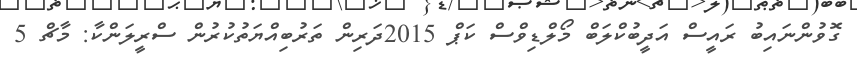
ގޮވުންނައިބު ރައީސް އަދީބުކްލަބް މޯލްޑިވްސް ކަޕް 2015ދަރިން ތަރުބިއްޔަތުކުރުން ސްރީލަންކާ: މާޗް 5